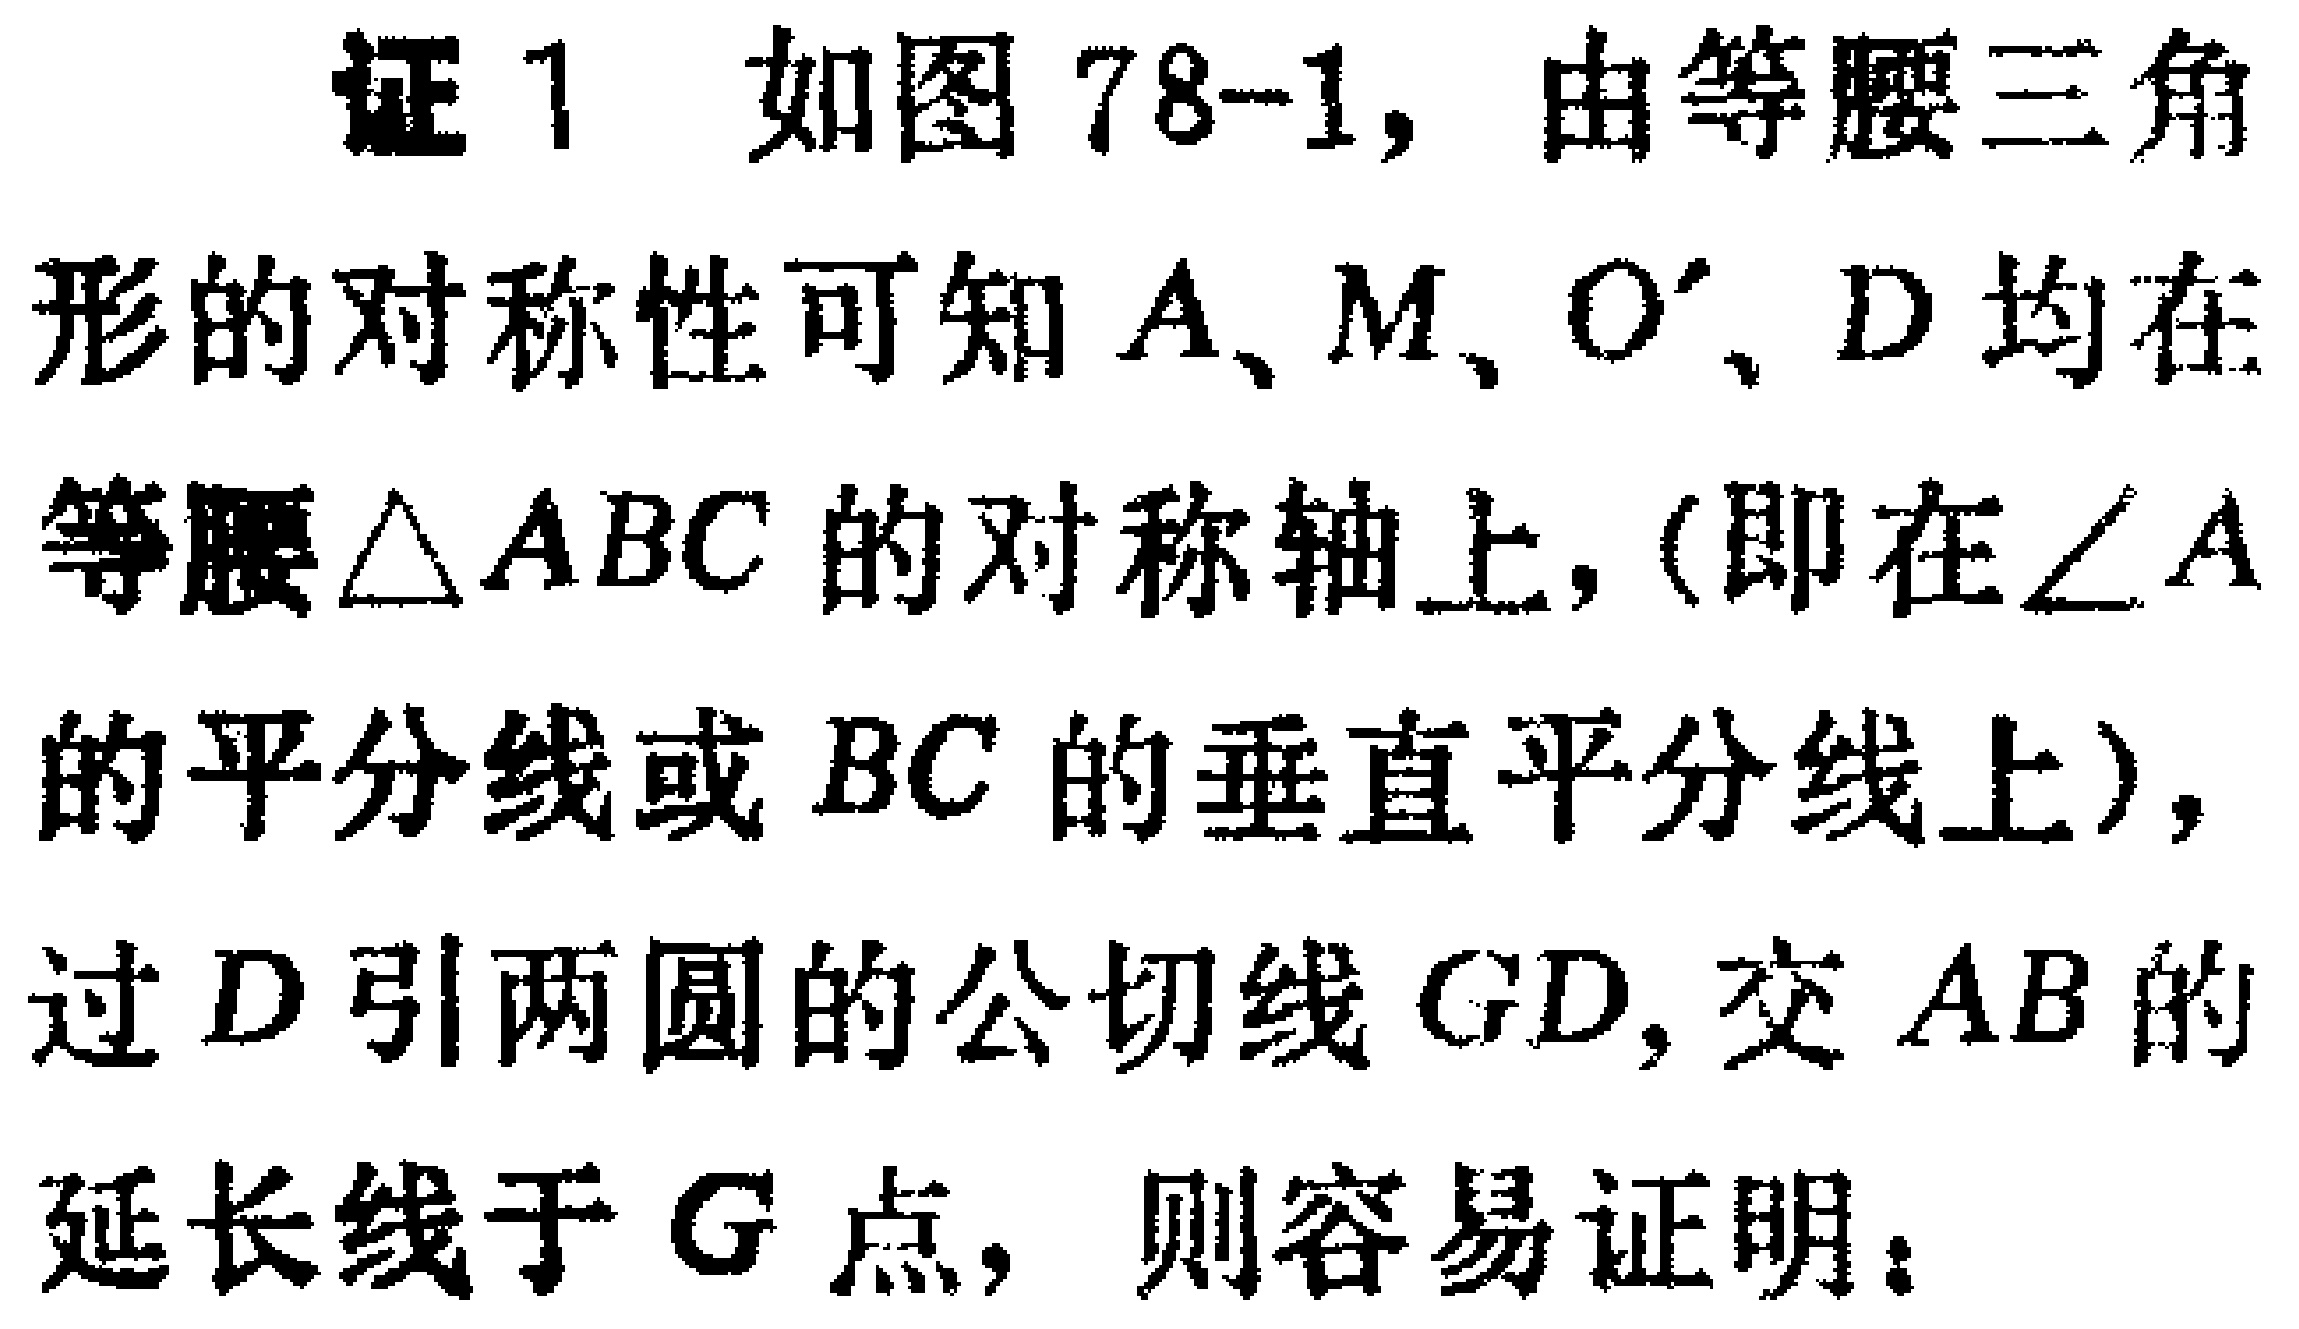
证1 如图78-1，由等腰三角形的对称性可知 \(A、M、O'、D\) 均在等腰\(\triangle ABC\)的对称轴上，(即在\(\angle A\)的平分线或 \(BC\) 的垂直平分线上)，过 \(D\) 引两圆的公切线 \(GD\)，交 \(AB\) 的延长线于 \(G\) 点，则容易证明：